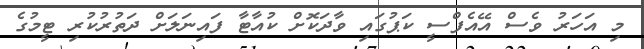
މި އަހަރު ވެސް އޭއެފްސީ ކަޕުގައި ވާދަކޮށް ކުއާޓާ ފައިނަލަށް ދަތުރުކުރި ޓީމުގެ